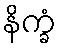
နိက္ခံ